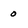
Character: 0